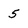
Character: 5